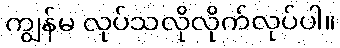
ကျွန်မ လုပ်သလိုလိုက်လုပ်ပါ။